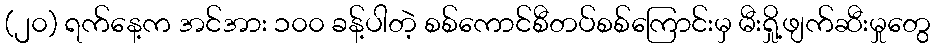
(၂၀) ရက်နေ့က အင်အား ၁၀၀ ခန့်ပါတဲ့ စစ်ကောင်စီတပ်စစ်ကြောင်းမှ မီးရှို့ဖျက်ဆီးမှုတွေ